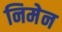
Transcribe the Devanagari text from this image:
निमेन